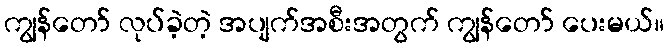
ကျွန်တော် လုပ်ခဲ့တဲ့ အပျက်အစီးအတွက် ကျွန်တော် ပေးမယ်။